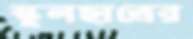
স্কুলছাত্রের